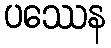
ပဿေန